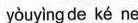
yòuyìng de ké ne